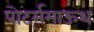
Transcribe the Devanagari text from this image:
पोर्ट्समाऊथ